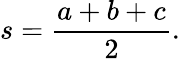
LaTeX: s={\frac{a+b+c}{2}}.